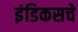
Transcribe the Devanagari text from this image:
इंडिकसचे